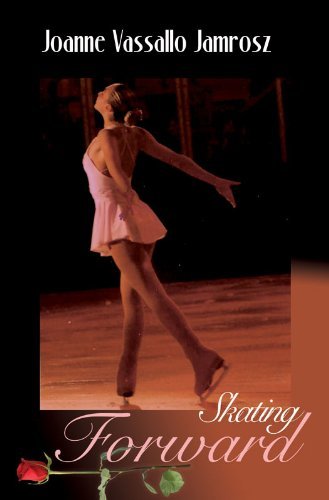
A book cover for Skating Forward; Joanne Jamrosz; Sports & Outdoors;